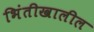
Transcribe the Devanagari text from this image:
भिंतीखालील